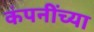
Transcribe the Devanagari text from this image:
कंपनींच्या